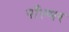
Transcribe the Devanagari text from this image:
पाँल्मर